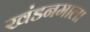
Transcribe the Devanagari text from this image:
खंडनमाला